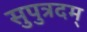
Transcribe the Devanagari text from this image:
सुपुत्रदम्